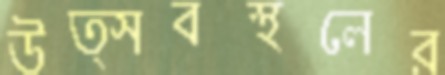
উত্সবস্থলের